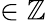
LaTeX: \in\mathbb{Z}